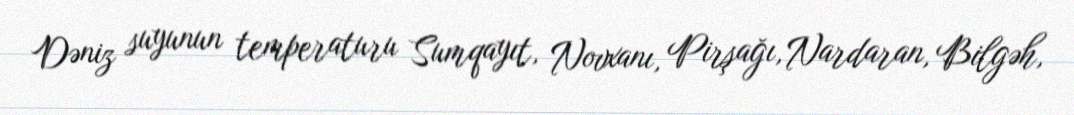
Dəniz suyunun temperaturu Sumqayıt, Novxanı, Pirşağı, Nardaran, Bilgəh,